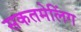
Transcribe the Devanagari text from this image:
सकतमेलिंग